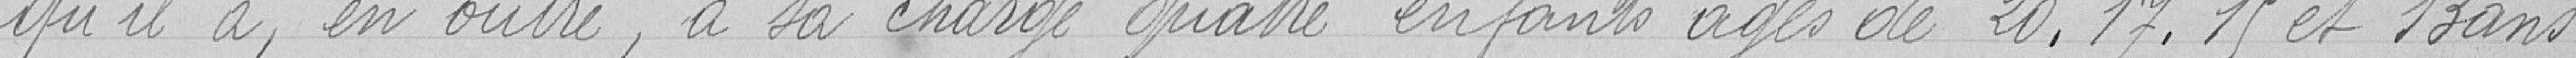
qu'il a, en outre, à sa charge quatre enfants âgés de 20, 17, 15 et 13 ans